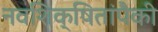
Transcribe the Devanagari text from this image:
नवशिक्षितांपैकी